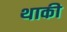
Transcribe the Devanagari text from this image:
थाकी